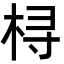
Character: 桪